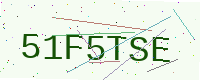
Text: 51F5TSE